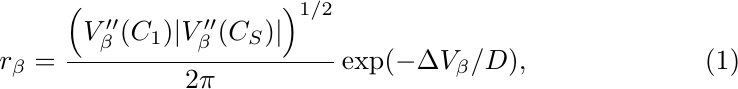
\begin{equation}
  r_\beta = \frac{\left( V''_\beta(C_1)\vert V''_\beta(C_S)\vert\right)^{1/2}}{2\pi} \exp (-\Delta V_\beta/D),\label{eq:rbeta}
\end{equation}